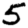
Digit: 5